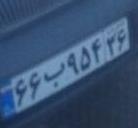
۶۶ب۹۵۴۳۶